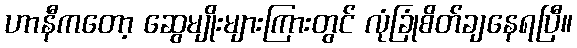
ဟာနီကတော့ ဆွေမျိုးများကြားတွင် လုံခြုံစိတ်ချနေရပြီ။